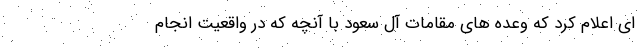
ای اعلام کرد که وعده های مقامات آل سعود با آنچه که در واقعیت انجام